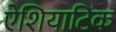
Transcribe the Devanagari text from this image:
ऐशियाटिक